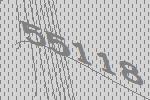
55118